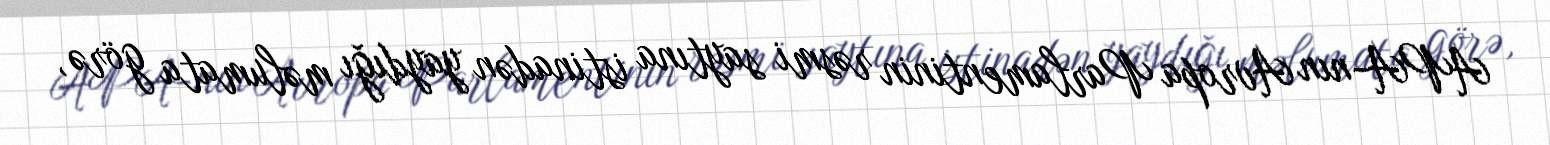
APA-nın Avropa Parlamentinin rəsmi saytına istinadən yaydığı məlumata görə,